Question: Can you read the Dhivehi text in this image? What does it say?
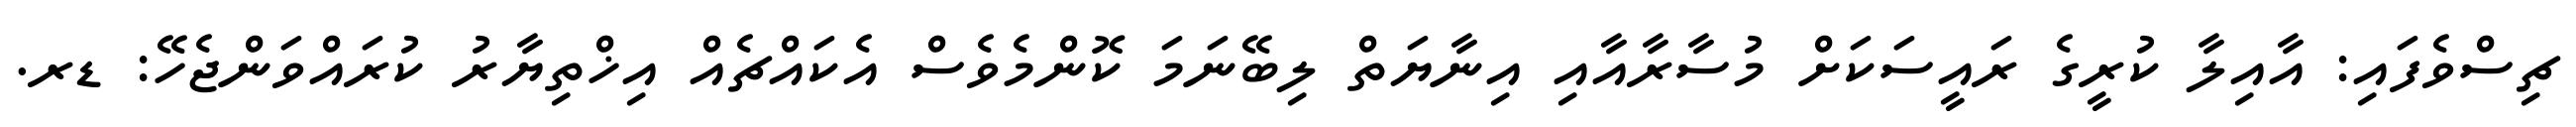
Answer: ޗިސްވެފައި: އާއިލާ ކުރީގެ ރައީސަކަށް މުސާރާއާއި އިނާޔަތް ލިބޭނަމަ ކޮންމެވެސް އެކައްޗެއް އިޚްތިޔާރު ކުރައްވަންޖެހޭ: ޑރ.